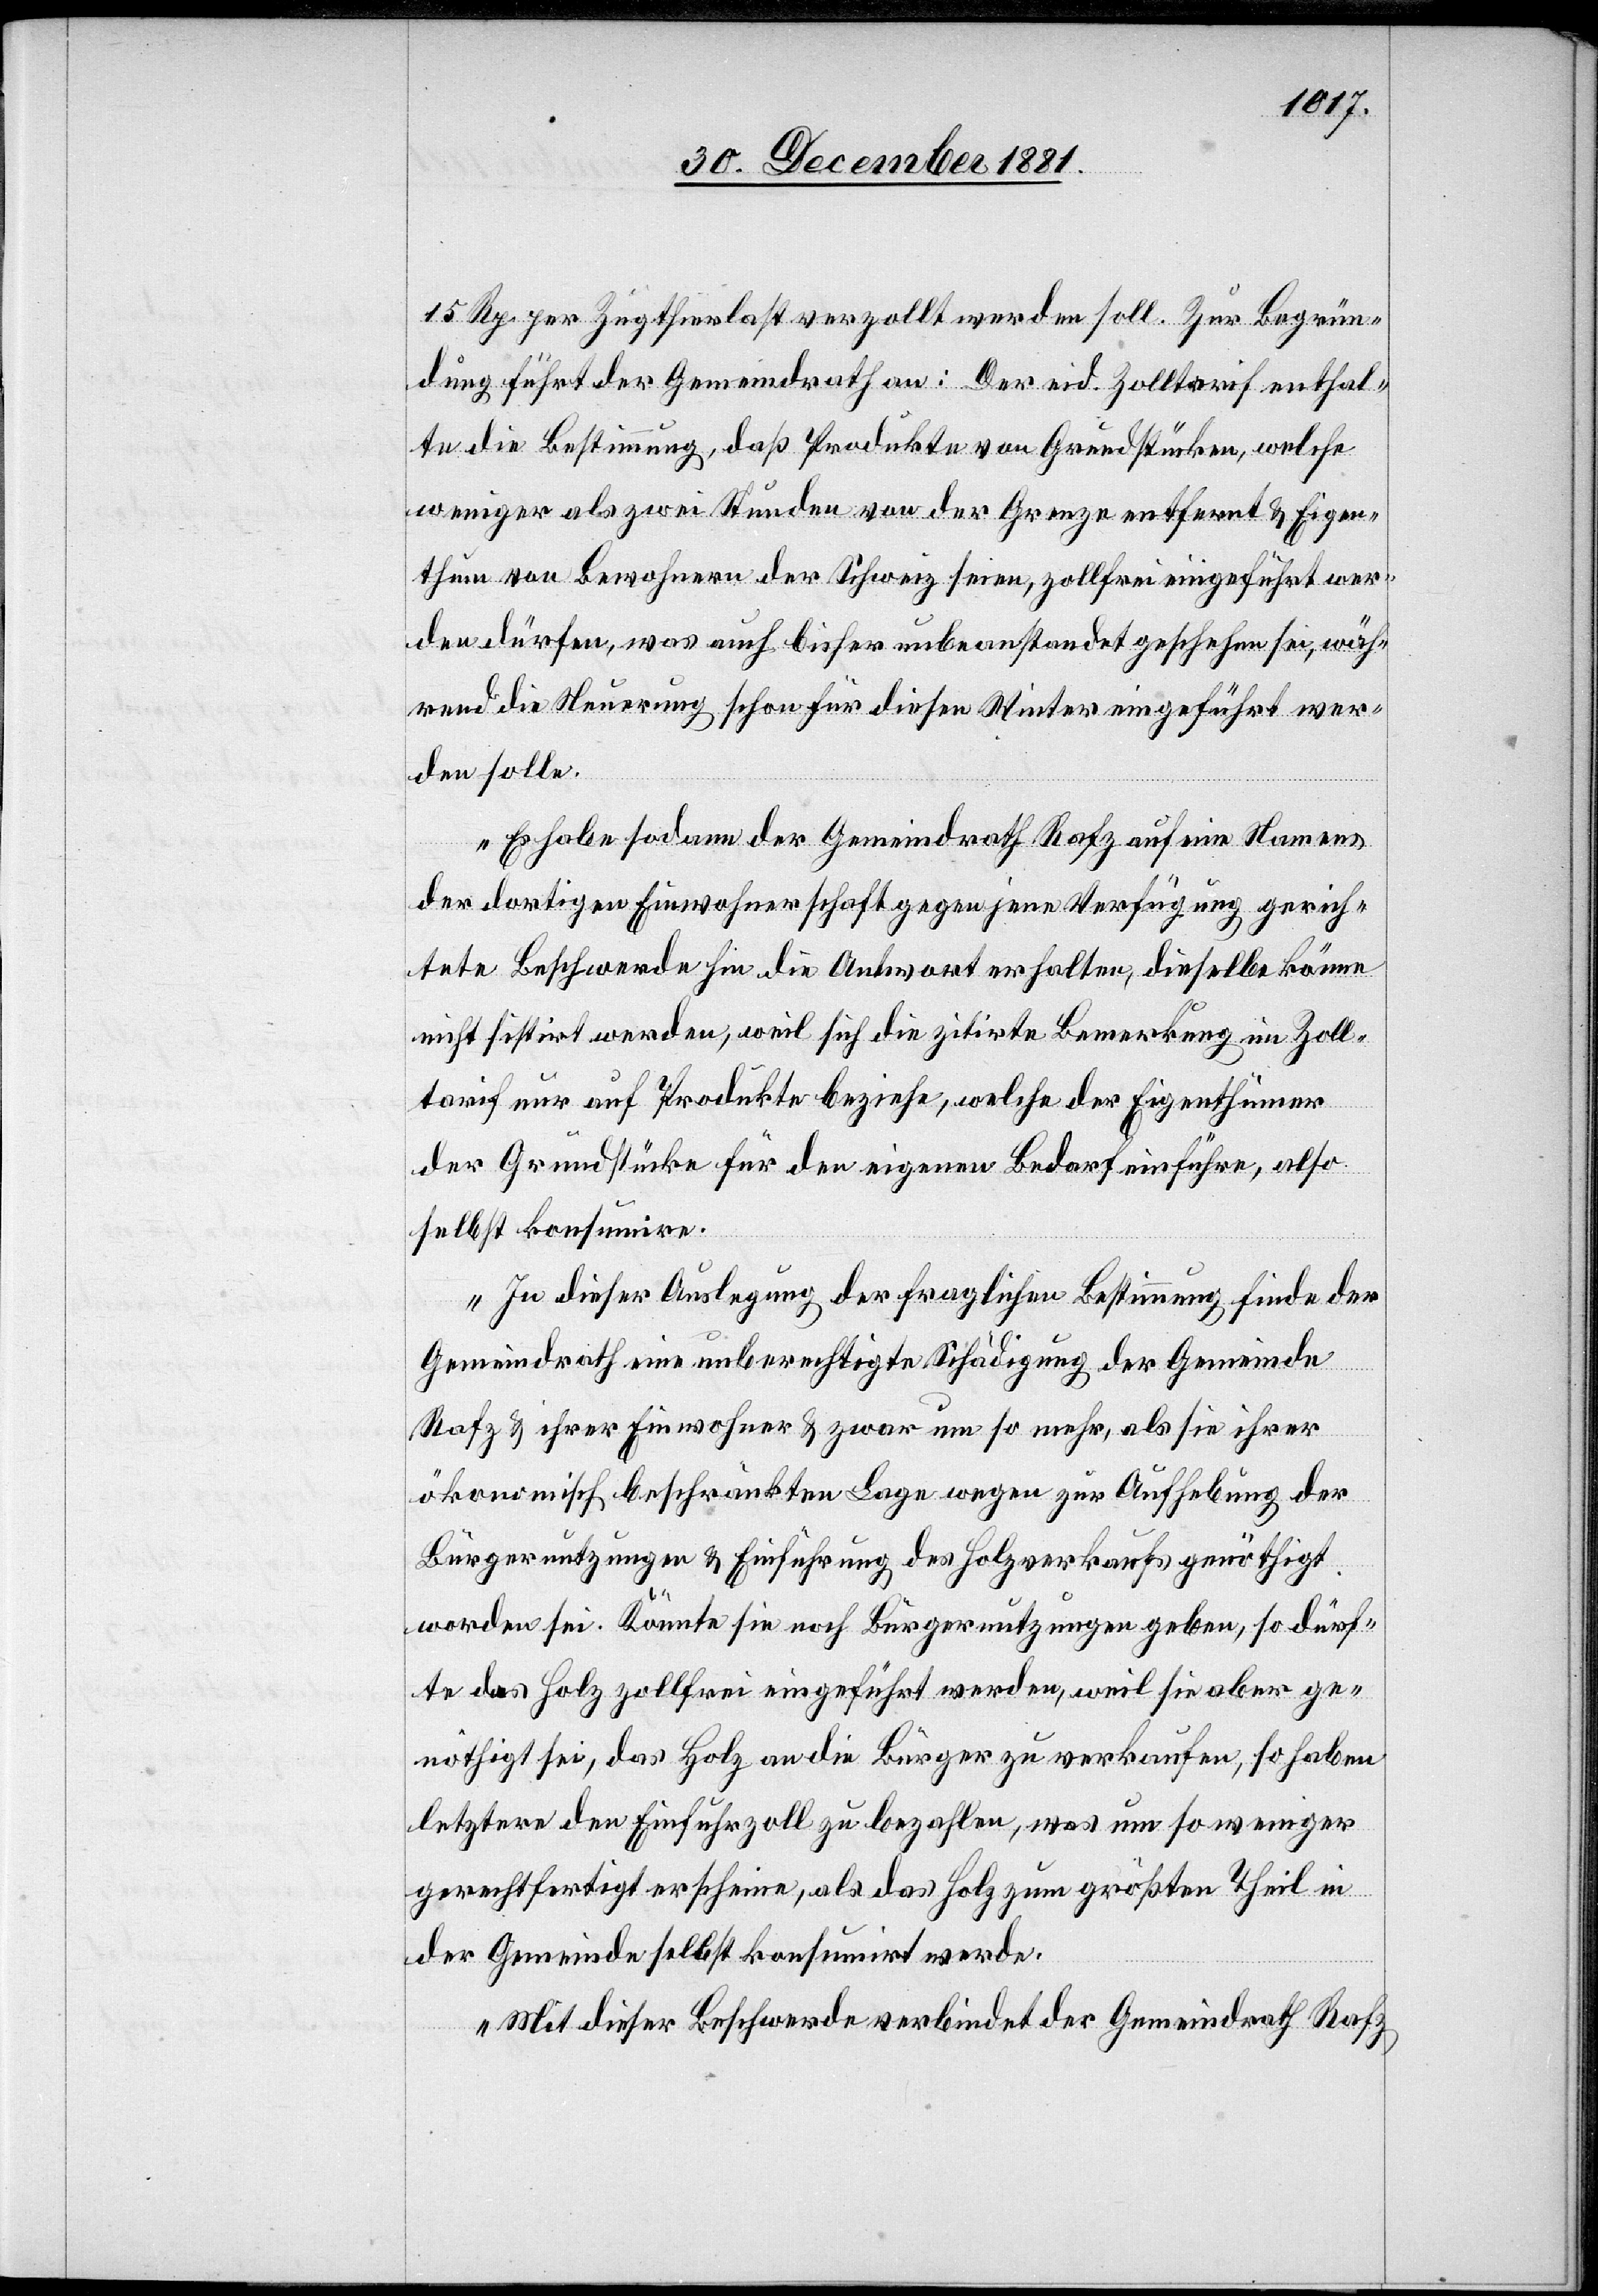
15 Rp. per Zugthierlast verzollt werden soll. Zur Begrün¬
dung führt der Gemeindrath an: Der eid. Zolltarif enthal¬
te die Bestimmung, daß Produkte von Grundstücken, welche
weniger als zwei Stunden von der Grenze entfernt & Eigen¬
thum von Bewohnern der Schweiz seien, zollfrei eingeführt wer¬
den dürfen, was auch bisher unbeanstandet geschehen sei, wäh¬
rend die Neuerung schon für diesen Winter eingeführt wer¬
den solle.
Es habe sodann der Gemeindrath Rafz auf eine Namens
der dortigen Einwohnerschaft gegen jene Verfügung gerich¬
tete Beschwerde hin die Antwort erhalten, dieselbe könne
nicht sistirt werden, weil sich die zitirte Bemerkung im Zoll¬
tarif nur auf Produkte beziehe, welche der Eigenthümer
der Grundstücke für den eigenen Bedarf einführe, also
selbst konsumire.
In dieser Auslegung der fraglichen Bestimmung finde der
Gemeindrath eine unberechtigte Schädigung der Gemeinde
Rafz & ihrer Einwohner & zwar um so mehr, als sie ihrer
ökonomisch beschränkten Lage wegen zur Aufhebung der
Bürgernutzungen & Einführung des Holzverkaufs genöthigt
worden sei. Könnte sie noch Bürgernutzungen geben, so dürf¬
te das Holz zollfrei eingeführt werden, weil sie aber ge¬
nöthigt sei, das Holz an die Bürger zu verkaufen, so haben
letztere den Einfuhrzoll zu bezahlen, was um so weniger
gerechtfertigt erscheine, als das Holz zum größten Theil in
der Gemeinde selbst konsumirt werde.
Mit dieser Beschwerde verbindet der Gemeindrath Rafz